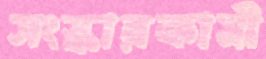
সংস্কারকামী